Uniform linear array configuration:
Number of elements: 16
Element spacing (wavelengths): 1
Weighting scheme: hann
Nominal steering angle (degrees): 30
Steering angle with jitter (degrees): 29.851
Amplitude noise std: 0.05
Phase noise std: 0.05

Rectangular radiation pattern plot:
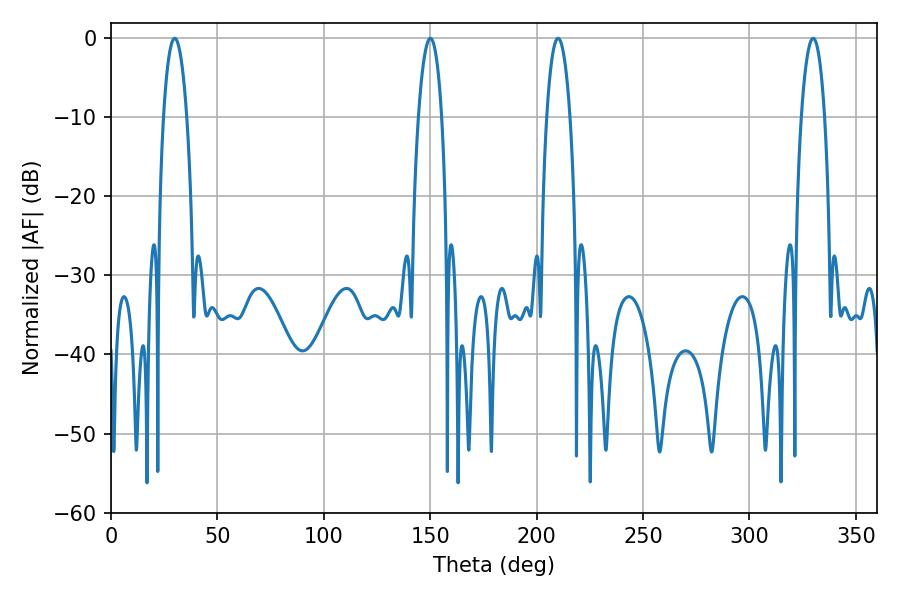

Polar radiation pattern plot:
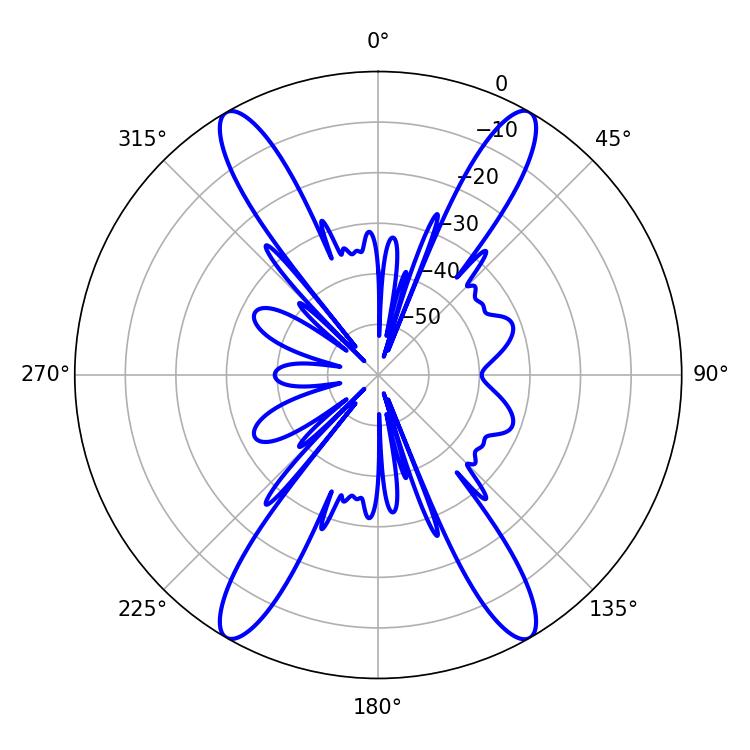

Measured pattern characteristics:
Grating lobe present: TRUE
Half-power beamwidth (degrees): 6.12
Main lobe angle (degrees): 210.06